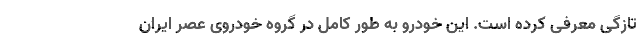
تازگی معرفی کرده است. این خودرو به طور کامل در گروه خودروی عصر ایران